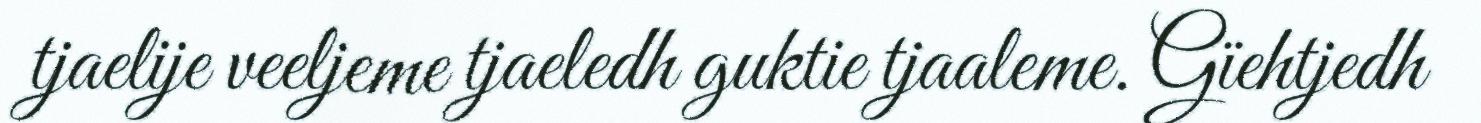
tjaelije veeljeme tjaeledh guktie tjaaleme. Gïehtjedh